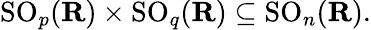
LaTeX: \operatorname{SO}_{p}(\mathbf{R})\times\operatorname{SO}_{q}(\mathbf{R})\subseteq\operatorname{SO}_{n}(\mathbf{R}).